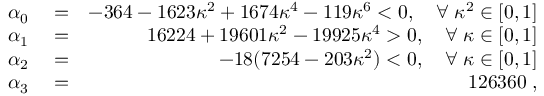
\begin{array} { r l r } { \alpha _ { 0 } } & { { } = } & { - 3 6 4 - 1 6 2 3 \kappa ^ { 2 } + 1 6 7 4 \kappa ^ { 4 } - 1 1 9 \kappa ^ { 6 } < 0 , \quad \forall \; \kappa ^ { 2 } \in [ 0 , 1 ] } \\ { \alpha _ { 1 } } & { { } = } & { 1 6 2 2 4 + 1 9 6 0 1 \kappa ^ { 2 } - 1 9 9 2 5 \kappa ^ { 4 } > 0 , \quad \forall \; \kappa \in [ 0 , 1 ] } \\ { \alpha _ { 2 } } & { { } = } & { - 1 8 ( 7 2 5 4 - 2 0 3 \kappa ^ { 2 } ) < 0 , \quad \forall \; \kappa \in [ 0 , 1 ] } \\ { \alpha _ { 3 } } & { { } = } & { 1 2 6 3 6 0 \; , } \end{array}